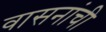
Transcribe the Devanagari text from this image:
वासनांची